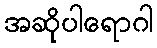
အဆိုပါရောဂါ